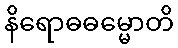
နိရောဓဓမ္မောတိ